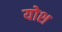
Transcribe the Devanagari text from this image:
योश